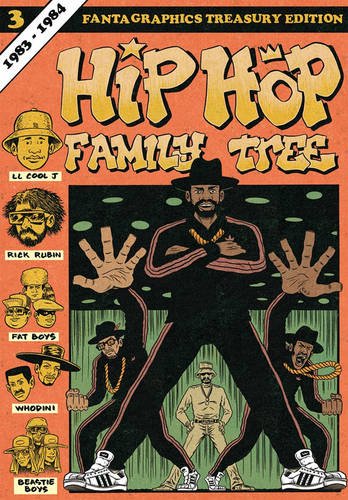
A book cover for Hip Hop Family Tree Book 3: 1983-1984 (Vol. 3)  (Hip Hop Family Tree); Ed Piskor; Comics & Graphic Novels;